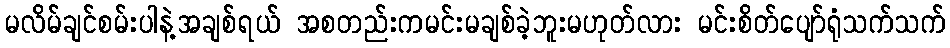
မလိမ်ချင်စမ်းပါနဲ့အချစ်ရယ် အစတည်းကမင်းမချစ်ခဲ့ဘူးမဟုတ်လား မင်းစိတ်ပျော်ရုံသက်သက်